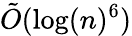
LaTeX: {\tilde{O}}(\log(n)^{6})